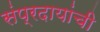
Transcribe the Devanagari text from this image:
संप्रदायांची